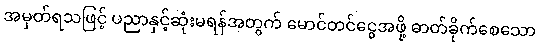
အမှတ်ရသဖြင့် ပညာနှင့်ဆုံးမရန်အတွက် မောင်တင်ငွေအဖို့ ဓာတ်ခိုက်စေသော